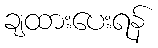
ချထားပေးရန်